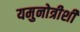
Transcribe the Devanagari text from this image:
यमुनोत्रीशी